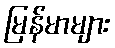
မြန်မာများ